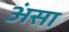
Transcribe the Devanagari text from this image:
अंसा